On the morphology, teratology, and diclinism of the flowers of cannabis - Number 12
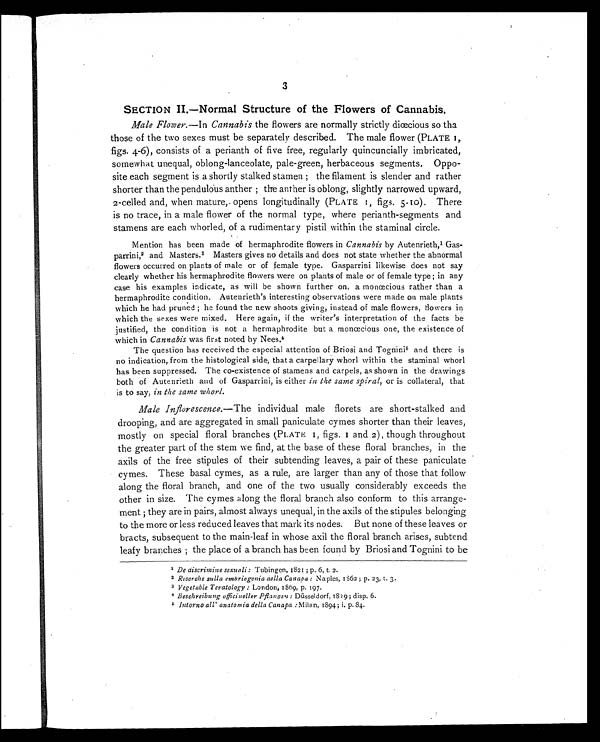
3
SECTION II.—Normal Structure of the Flowers of Cannabis.
Male Flower. —In Cannabis the flowers are normally strictly dicecious so tha
those of the two sexes must be separately described. The male flower (PLATE 1,.
figs. 4-6), consists of a perianth of five free, regularly quincuncially imbricated,
somewhat unequal, oblong-lanceolate, pale-green, herbaceous segments. Oppo-
site each segment is a shortly stalked stamen ; the filament is slender and rather
shorter than the pendulous anther ; the anther is oblong, slightly narrowed upward,
2-celled and, when mature,. opens longitudinally (PLATE 1, figs. 5-10). There
is no trace, in a male flower of the normal type, where perianth-segments and
stamens are each whorled, of a rudimentary pistil within the staminal circle.
Mention has been made of hermaphrodite flowers in Cannabis by Autenrieth, 1 Gas-
parrini,2 and Masters. 3 Masters gives no details and does not state whether the abnormal
flowers occurred on plants of male or of female type. Gasparrini likewise does not say
clearly whether his hermaphrodite flowers were on plants of male or of female type; in any
case his examples indicate, as will be shown further on, a monœcious rather than a
hermaphrodite condition. Autenrieth's interesting observations were made on male plants
which he had pruned ; he found the new shoots giving, instead of male flowers, flowers in
which the sexes were mixed. Here again, if the writer's interpretation of the facts be
justified, the condition is not a hermaphrodite but a monœcious one, the existence of
which in Cannabis was first noted by Nees. 4
The question has received the especial attention of Briosi and Tognini5 and there is
no indication, from the histological side, that a carpellary whorl within the staminal whorl
has been suppressed. The co-existence of stamens and carpels, as shown in the drawings
both of Autenrieth and of Gasparrini, is either in the same spiral, or is collateral, that
is to say, in the same whorl.
Male Inflorescence. —The individual male florets are short-stalked and
drooping, and are aggregated in small paniculate cymes shorter than their leaves,
mostly on special floral branches (PLATE 1, figs. 1 and 2), though throughout
the greater part of the stem we find, at the base of these floral branches, in the
axils of the free stipules of their subtending leaves, a pair of these paniculate
cymes. These basal cymes, as a rule, are larger than any of those that follow
along the floral branch, and one of the two usually considerably exceeds the
other in size. The cymes along the floral branch also conform to this arrange-
ment ; they are in pairs, almost always unequal, in the axils of the stipules belonging
to the more or less reduced leaves that mark its nodes. But none of these leaves or
bracts, subsequent to the main-leaf in whose axil the floral branch arises, subtend
leafy branches ; the place of a branch has been found by Briosi and Tognini to be
1 De aiscrimine sexuali : Tubingen, 1821 ; p. 6, t. 2.
2 Ricerche sulla embriogenia della Canapa : Naples, 1862 ; p. 23, t. 3.
3 Vegetable Teratology : London, 1869, p. 197.
4 B e s c h r e i b u n g o f f i c i n e l l e r P f l a n s e n : Düsseldorf, 1829; disp. 6.
5 Intorno all' anatomia della Canapa : Milan, 1894; i. p. 84.